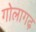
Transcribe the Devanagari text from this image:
गोलागढ़